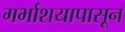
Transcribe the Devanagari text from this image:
गर्भाशयापासून